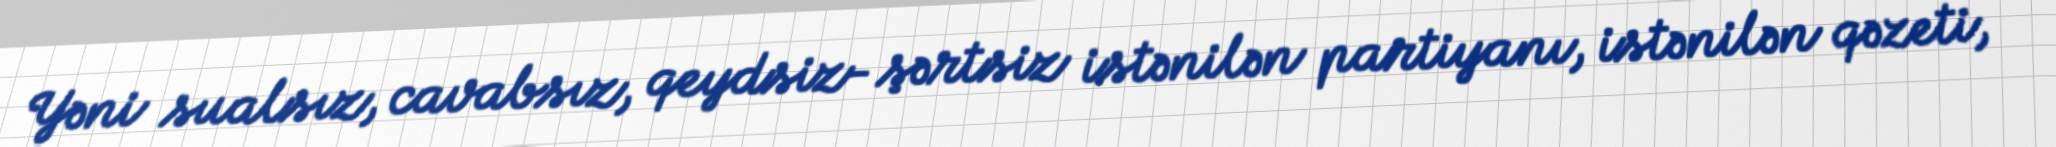
Yəni sualsız, cavabsız, qeydsiz- şərtsiz istənilən partiyanı, istənilən qəzeti,